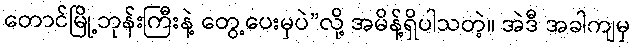
တောင်မြို့ဘုန်းကြီးနဲ့ တွေ့ပေးမှပဲ”လို့ အမိန့်ရှိပါသတဲ့။ အဲဒီ အခါကျမှ